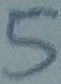
Text: 5